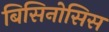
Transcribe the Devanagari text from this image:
बिसिनोसिस